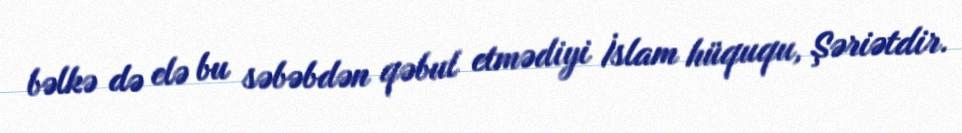
bəlkə də elə bu səbəbdən qəbul etmədiyi İslam hüququ, Şəriətdir.